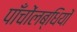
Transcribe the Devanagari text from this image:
पाँचोंलब्धियों